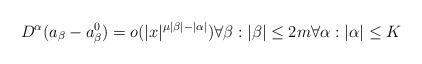
LaTeX: \begin{align*}D^\alpha (a_\beta -a^0_\beta )=o(|x| ^{\mu |\beta |-|\alpha |})\forall \beta :|\beta |\le 2m\forall \alpha :|\alpha |\le K\end{align*}